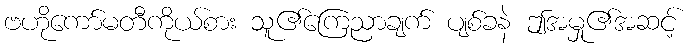
ဗဟိုကော်မတီကိုယ်စား သူ၏ကြေညာချက် ပျစ်ခနဲ ဤအမှု၏အဆင့်